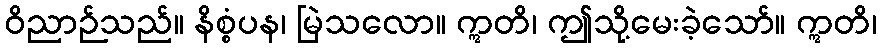
ဝိညာဉ်သည်။ နိစ္စံပန၊ မြဲသလော။ ဣတိ၊ ဤသို့မေးခဲ့သော်။ ဣတိ၊